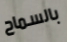
بالسماح